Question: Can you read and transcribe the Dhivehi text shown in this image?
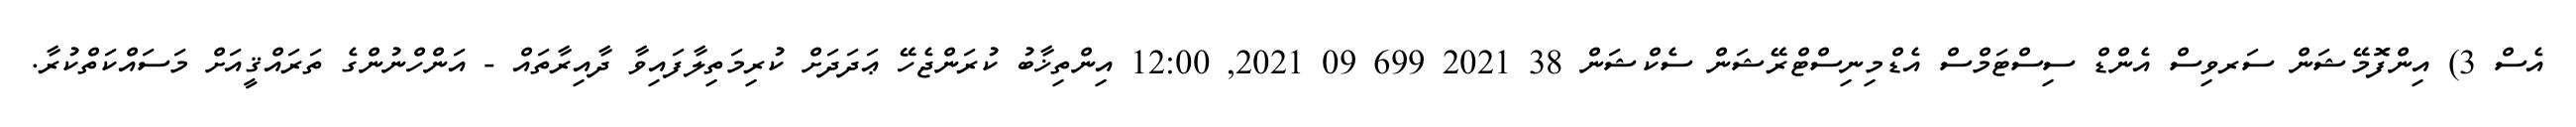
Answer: އެސް 3) އިންފޮމޭޝަން ސަރވިސް އެންޑް ސިސްޓަމްސް އެޑްމިނިސްޓްރޭޝަން ސެކްޝަން 38 2021 699 09 2021, 12:00 އިންތިޚާބު ކުރަންޖެހޭ ޢަދަދަށް ކުރިމަތިލާފައިވާ ދާއިރާތައް - އަންހްނުންގެ ތަރައްޤީއަށް މަސައްކަތްކުރާ.